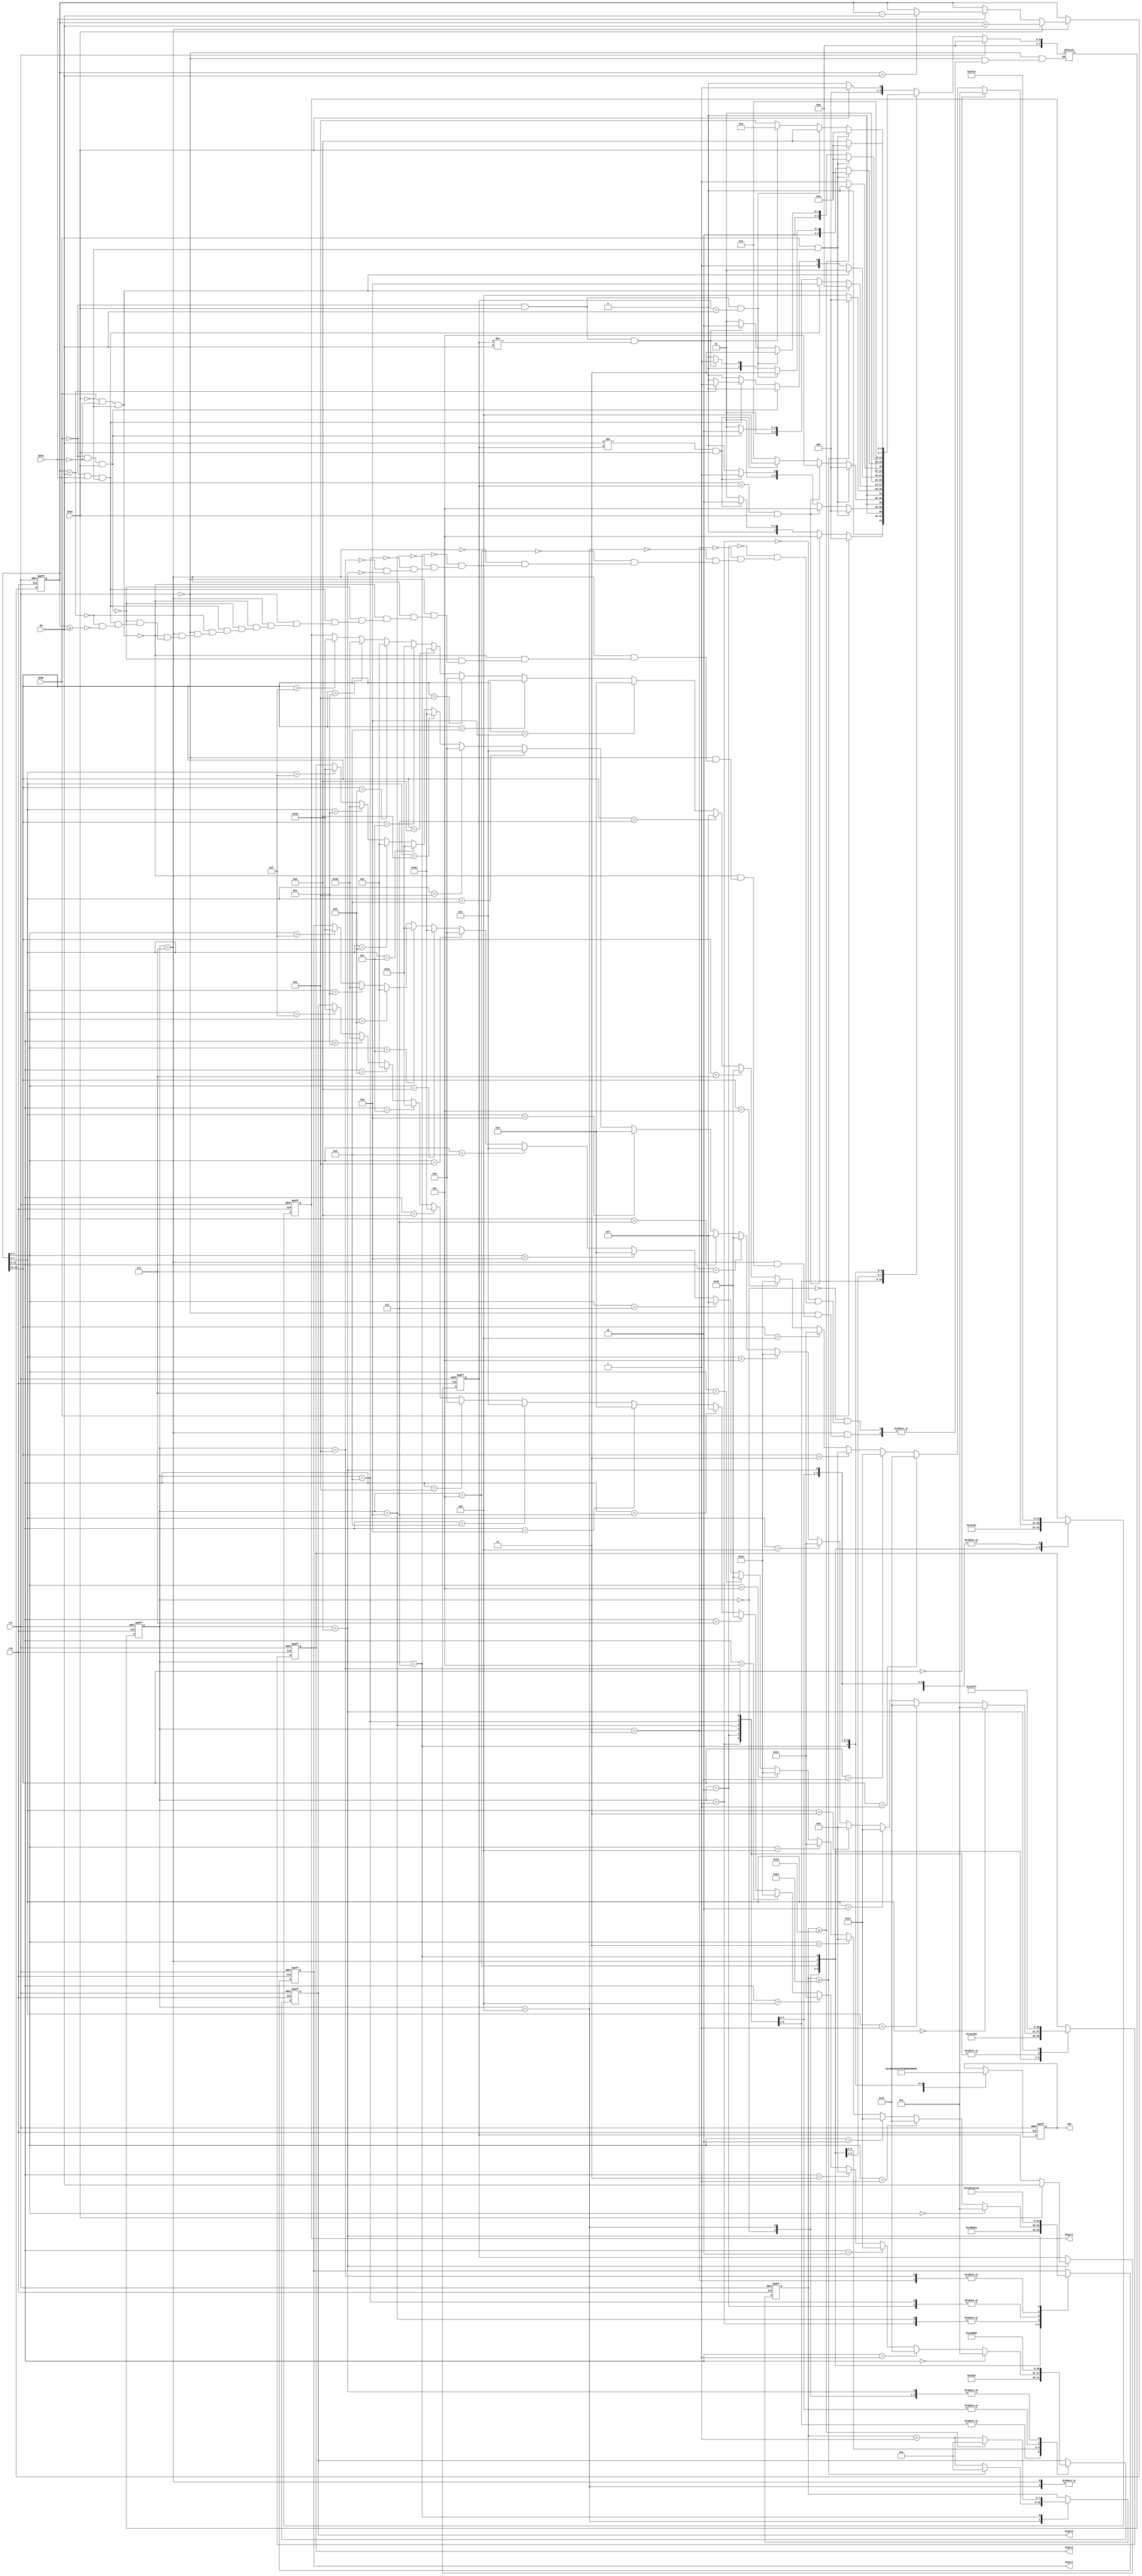
`timescale 1ns / 1ps
//////////////////////////////////////////////////////////////////////////////////
//  
// Oguzhan Alpaslan- 24096
//Elif Rahmiye Kulunk-20830
//////////////////////////////////////////////////////////////////////////////////
module atm (input clk,
                     input rst,
                     input BTN3, BTN2, BTN1,
                     input [3:0] SW,
                     output reg [7:0] LED,                                     // LED[7] is the left most-LED
                     output reg [6:0] digit4, digit3, digit2, digit1  // digit4 is the left-most SSD
                    );
  
	 reg [3:0] password;
	 reg [15:0] balance; 
	 reg [7:0] current_state;
	 reg [7:0] next_state;	
	 reg [7:0] cntr;
	 parameter [3:0] S0 = 4'b0000;
	 parameter [3:0] S1 = 4'b0001;
	 parameter [3:0] S2 = 4'b0010;
	 parameter [3:0] S3 = 4'b0011;
	 parameter [3:0] S4 = 4'b0100;
	 parameter [3:0] S5 = 4'b0101;
	 parameter [3:0] S6 = 4'b0110;
	 parameter [3:0] S7 = 4'b0111;
	 parameter [3:0] S8 = 4'b1000;
	 parameter [3:0] S9 = 4'b1001;
	 parameter [3:0] S10 = 4'b1010;
	 parameter [3:0] S11 = 4'b1011;
	 
	 // parameter S0 = 0, S1 = 0, S2=0;
	 
	 
	

	// sequential part - state transitions
	always @ (posedge clk or posedge rst)
	begin
		      if(rst)
            begin
					current_state <= S0;
					/*password <= 0;
					balance <= 0;
					cntr <= 8'b0;*/
				end
        else
            current_state <= next_state;

	end

	// combinational part - next state definitions
	always @ (*)
	begin
		if(rst)
		begin
			next_state = S0;
		end
		
		else
		begin
		case(current_state)
			S0:
				if(BTN3) 
					next_state = S1;
				else 
					next_state = S0;
				
			S1:
				if(BTN1) 
					next_state = S0;
				else if(SW == password && BTN3)
					next_state = S5;
				else if(SW != password && BTN3)
					next_state= S2;
				else
					next_state =S1;
					
			S2:
				if(BTN1 && !BTN3) 
					next_state = S0;
				else if(SW == password && BTN3)
					next_state = S5;
				else if(SW != password && BTN3)
					next_state= S3;
				else
					next_state =S2;
				
					
			S3:
				if(BTN1 && !BTN3) 
					next_state = S0;
				else if(SW == password && BTN3)
					next_state = S5;
				else if(SW != password && BTN3)
					next_state= S4;
				else
					next_state =S3;
			
			
			S4:
				if(cntr >= 100) next_state = S0;
				else next_state = S4;
				
			
			S5:
			   if(BTN1 && !BTN2 && !BTN3)
					next_state= S0;
				else if(!BTN1 && BTN2 && !BTN3)
					next_state = S8;
				else if(!BTN1 && !BTN2 && BTN3)
					next_state = S6;
				else next_state = S5;
			
			
			S6:
				if(BTN1 && !BTN2 && !BTN3)
					next_state = S5;
				else if(!BTN1 && !BTN2 && BTN3)
					next_state = S6;
				else if(!BTN1 && BTN2 && !BTN3)
					begin
					 if(balance < SW) 
						next_state = S7;
					 else if(balance >= SW)
						next_state = S6;
					end
				else next_state= S6;
			
			
			S7:
				if(cntr >= 50) next_state = S6;
				else next_state = S7;
			
			
			S8:
				if(BTN1 && !BTN3)
					next_state = S5;
				else if(!BTN1 && BTN3 && password == SW)
					next_state = S11;
				else if(!BTN1 && BTN3 && password != SW)
					next_state = S9;
				else 
					next_state = S8;
					
			
			
			S9:
				if(BTN1 && !BTN3)
					next_state = S5;
				else if(!BTN1 && BTN3 && password == SW)
					next_state = S11;
				else if(!BTN1 && BTN3 && password != SW)
					next_state = S10;
				else 
					next_state = S9;
				
			
			S10:
				if(BTN1 && !BTN3)
					next_state = S5;
				else if(!BTN1 && BTN3 && password == SW)
					next_state = S11;
				else if(!BTN1 && BTN3 && password != SW)
					next_state = S4;
				else 
					next_state= S10;
			
			S11:
				if(BTN3)
					next_state = S5;
				else
					next_state = S11;
			endcase
			end
			
   end
	
	// sequential part - control registers
	always @ (posedge clk or posedge rst)
	begin
	
		if(rst)
		begin
			password <= 4'd0;
			balance <= 16'd0;
			cntr <= 8'd0;
		end
	
		else
		begin
				case(current_state)
					S4:
						if(cntr >= 8'd100) 
							cntr <= 8'b0;
						else
							cntr <= cntr + 8'd1;
					S6:
						if(BTN3)
							balance <= balance + SW;
						else if(BTN2)
							begin
								if(balance > SW)
								balance <= balance - SW;
								else;
							end
						else;
					
					S7:
						if(cntr >= 8'd50) 
							cntr <= 8'b0;
						else
							cntr <= cntr + 8'd1;
					S11:
						if(BTN3)
							password <= SW;
						else;
					endcase
		end
	end

// sequential part - outputs
always @ (posedge clk or posedge rst)
begin
	
	if(rst)
	begin
		LED <= 8'b11111111;
		digit4 <= 7'b1111111; 
		digit3 <= 7'b1111111;
		digit2 <= 7'b1111111; 
		digit1 <= 7'b1111111; 
	end
	
	else
	begin
	
		case(current_state)
		
		S0: // CArd
		begin
			LED <= 8'b00000001;
			digit4 <= 7'b0110001;
			digit3 <= 7'b0001000;
			digit2 <= 7'b1111010;
			digit1 <= 7'b1000010;
		end
		
			
		S1: //PE-3
		begin
		
			LED <= 8'b10000000;
			digit4 <= 7'b0011000;
			digit3 <= 7'b0110000;
			digit2 <= 7'b1111110;
			digit1 <= 7'b0000110;
		end
	
			
		S2:	//PE-2
		begin
			LED <= 8'b11000000;
			digit4 <= 7'b0011000;
			digit3 <= 7'b0110000;
			digit2 <= 7'b1111110;
			digit1 <= 7'b0010010;
		end
		
		S3: // PE-1
		begin
			LED <= 8'b11100000;
			digit4 <= 7'b0011000;
			digit3 <= 7'b0110000;
			digit2 <= 7'b1111110;
			digit1 <= 7'b1001111;
		end
			
		S4: //FAIL
		begin
			LED <= 8'b11111111;
			digit4 <= 7'b0111000;
			digit3 <= 7'b0001000;
			digit2 <= 7'b1001111;
			digit1 <= 7'b1110001;
		end
				
		S5: //OPEN
		begin
			LED <= 8'b00010000;
			digit4 <= 7'b0000001;
			digit3 <= 7'b0011000;
			digit2 <= 7'b0110000;
			digit1 <= 7'b1101010;
		end
		
		S6: // balance
		begin
			LED <= 8'b11111111;
				if(balance[3:0]==4'b0000)
					digit1<=7'b0000001;
				else if(balance[3:0]==4'b0001)
					digit1<=7'b1001111;
				else if(balance[3:0]==4'b0010)
					digit1<=7'b0010010;
				else if(balance[3:0]==4'b0011)
					digit1<=7'b0000110;
				else if(balance[3:0]==4'b0100)
					digit1<=7'b1001100;
				else if(balance[3:0]==4'b0101)
					digit1<=7'b0100100;
				else if(balance[3:0]==4'b0110)
					digit1<=7'b0100000;
				else if(balance[3:0]==4'b0111)
					digit1<=7'b0001111;
				else if(balance[3:0]==4'b1000)
					digit1<=7'b0000000;
				else if(balance[3:0]==4'b1001)
					digit1<=7'b0000100;
				else if(balance[3:0]==4'b1010)
					digit1<=7'b0001000;
				else if(balance[3:0]==4'b1011)
					digit1<=7'b1100000;
				else if(balance[3:0]==4'b1100)
					digit1<=7'b0110001;
				else if(balance[3:0]==4'b1101)
					digit1<=7'b0000010;
				else if(balance[3:0]==4'b1110)
					digit1<=7'b0110000;
				else if(balance[3:0]==4'b1111)
					digit1<=7'b0111000;
				else;
				
				if(balance[7:4]==4'b0000)
					digit2<=7'b0000001;
				else if(balance[7:4]==4'b0001)
					digit2<=7'b1001111;
				else if(balance[7:4]==4'b0010)
				digit2<=7'b0010010;
				else if(balance[7:4]==4'b0011)
				digit2<=7'b0000110;
				else if(balance[7:4]==4'b0100)
				digit2<=7'b1001100;
				else if(balance[7:4]==4'b0101)
				digit2<=7'b0100100;
				else if(balance[7:4]==4'b0110)
				digit2<=7'b0100000;
				else if(balance[7:4]==4'b0111)
				digit2<=7'b0001111;
				else if(balance[7:4]==4'b1000)
				digit2<=7'b0000000;
				else if(balance[7:4]==4'b1001)
				digit2<=7'b0000100;
				else if(balance[7:4]==4'b1010)
				digit2<=7'b0001000;
				else if(balance[7:4]==4'b1011)
				digit2<=7'b1100000;
				else if(balance[7:4]==4'b1100)
				digit2<=7'b0110001;
				else if(balance[7:4]==4'b1101)
				digit2<=7'b0000010;
				else if(balance[7:4]==4'b1110)
				digit2<=7'b0110000;
				else if(balance[7:4]==4'b1111)
				digit2<=7'b0111000;
				else;
				
				if(balance[11:8]==4'b0000)
				digit3<=7'b0000001;
				else if(balance[11:8]==4'b0001)
				digit3<=7'b1001111;
				else if(balance[11:8]==4'b0010)
				digit3<=7'b0010010;
				else if(balance[11:8]==4'b0011)
				digit3<=7'b0000110;
				else if(balance[11:8]==4'b0100)
				digit3<=7'b1001100;
				else if(balance[11:8]==4'b0101)
				digit3<=7'b0100100;
				else if(balance[11:8]==4'b0110)
				digit3<=7'b0100000;
				else if(balance[11:8]==4'b0111)
				digit3<=7'b0001111;
				else if(balance[11:8]==4'b1000)
				digit3<=7'b0000000;
				else if(balance[11:8]==4'b1001)
				digit3<=7'b0000100;
				else if(balance[11:8]==4'b1010)
				digit3<=7'b0001000;
				else if(balance[11:8]==4'b1011)
				digit3<=7'b1100000;
				else if(balance[11:8]==4'b1100)
				digit3<=7'b0110001;
				else if(balance[11:8]==4'b1101)
				digit3<=7'b0000010;
				else if(balance[11:8]==4'b1110)
				digit3<=7'b0110000;
				else if(balance[11:8]==4'b1111)
				digit3<=7'b0111000;
				else;
				
				if(balance[15:12]==4'b0000)
				digit4<=7'b0000001;
				else if(balance[15:12]==4'b0001)
				digit4<=7'b1001111;
				else if(balance[15:12]==4'b0010)
				digit4<=7'b0010010;
				else if(balance[15:12]==4'b0011)
				digit4<=7'b0000110;
				else if(balance[15:12]==4'b0100)
				digit4<=7'b1001100;
				else if(balance[15:12]==4'b0101)
				digit4<=7'b0100100;
				else if(balance[15:12]==4'b0110)
				digit4<=7'b0100000;
				else if(balance[15:12]==4'b0111)
				digit4<=7'b0001111;
				else if(balance[15:12]==4'b1000)
				digit4<=7'b0000000;
				else if(balance[15:12]==4'b1001)
				digit4<=7'b0000100;
				else if(balance[15:12]==4'b1010)
				digit4<=7'b0001000;
				else if(balance[15:12]==4'b1011)
				digit4<=7'b1100000;
				else if(balance[15:12]==4'b1100)
				digit4<=7'b0110001;
				else if(balance[15:12]==4'b1101)
				digit4<=7'b0000010;
				else if(balance[15:12]==4'b1110)
				digit4<=7'b0110000;
				else if(balance[15:12]==4'b1111)
				digit4<=7'b0111000;
				else;
		
		end
				
		S7: //WARNING
		begin
			LED <= 8'b00001000;
			digit4 <= 7'b1111110;
			digit3 <= 7'b1101010;
			digit2 <= 7'b0001000;
			digit1 <= 7'b1111110;
		end

		S8: //PASS_CHG_3
		begin
			LED <= 8'b00000100;
			digit4 <= 7'b0011000;
			digit3 <= 7'b0110001;
			digit2 <= 7'b1111110;
			digit1 <= 7'b0000110;
		end

		S9: //PASS_CHG_2
		begin
			LED <= 8'b00000110;
			digit4 <= 7'b0011000;
			digit3 <= 7'b0110001;
			digit2 <= 7'b1111110;
			digit1 <= 7'b0010010;
		end

		S10: //PASS_CHG_1
		begin
			LED <= 8'b00000111;
			digit4 <= 7'b0011000;
			digit3 <= 7'b0110001;
			digit2 <= 7'b1111110;
			digit1 <= 7'b1001111;
		end

		S11: //PASS_NEW
		begin
			LED <= 8'b00000010;
			digit4 <= 7'b0011000;
			digit3 <= 7'b0001000;
			digit2 <= 7'b0100100;
			digit1 <= 7'b0100100;
		end
		
			
		endcase
		
		end
end	


	// additional always statements
	
endmodule